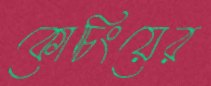
কোচিংয়ের